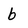
Character: b